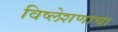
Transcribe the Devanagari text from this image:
विष्लेशणाचा